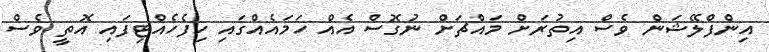
އިންފްލޭޝަން ވެސް އިތުރަށް މައްޗަށް ނުގޮސް އެއް ހަމައެއްގައި ހިފެހެއްޓިފައި އޮތީ ވެސް